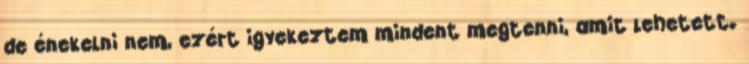
de énekelni nem, ezért igyekeztem mindent megtenni, amit lehetett.